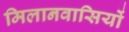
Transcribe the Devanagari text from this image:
मिलानवासियों